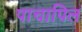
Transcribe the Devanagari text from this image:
पाचापिल